Indian journal of veterinary science and animal husbandry - Volume 12,
Year: 1942
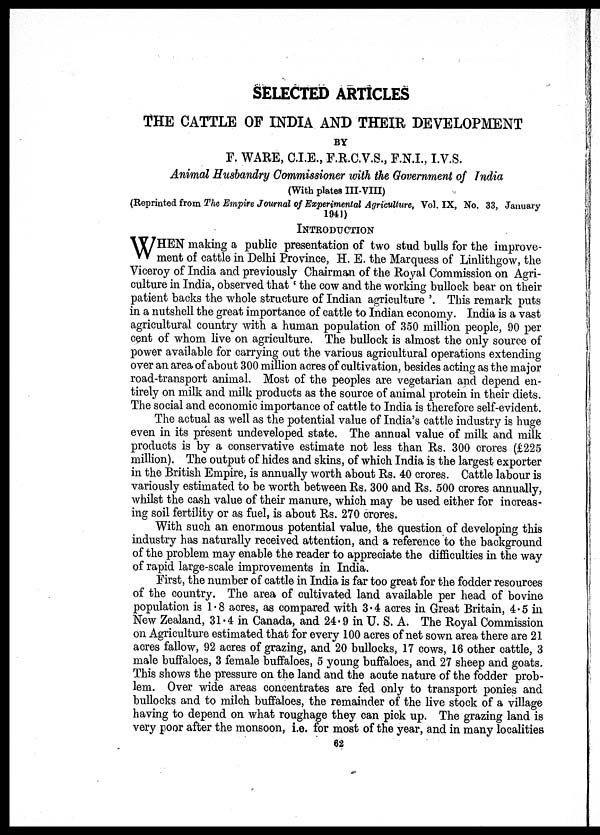
SELECTED ARTICLES
THE CATTLE OF INDIA AND THEIR DEVELOPMENT
BY
F. WARE, C.I.E., F.R.C.V.S., F.N.I., I.V.S.
Animal Husbandry Commissioner with the Government of India
(With plates III-VIII)
(Reprinted from The Empire Journal of Experimental Agriculture, Vol. IX, No. 33, January
1941)
INTRODUCTION
W HEN making a public presentation of two stud bulls for the improve-
ment of cattle in Delhi Province, H. E. the Marquess of Linlithgow, the
Viceroy of India and previously Chairman of the Royal Commission on Agri-
culture in India, observed that' the cow and the working bullock bear on their
patient backs the whole structure of Indian agriculture '. This remark puts
in a nutshell the great importance of cattle to Indian economy. India is a vast
agricultural country with a human population of 350 million people, 90 per
cent of whom live on agriculture. The bullock is almost the only source of
power available for carrying out the various agricultural operations extending
over an area of about 300 million acres of cultivation, besides acting as the major
road-transport animal. Most of the peoples are vegetarian and depend en-
tirely on milk and milk products as the source of animal protein in their diets.
The social and economic importance of cattle to India is therefore self-evident.
The actual as well as the potential value of India's cattle industry is huge
even in its present undeveloped state. The annual value of milk and milk
products is by a conservative estimate not less than Rs. 300 crores (£225
million). The output of hides and skins, of which India is the largest exporter
in the British Empire, is annually worth about Rs. 40 crores. Cattle labour is
variously estimated to be worth between Rs. 300 and Rs. 500 crores annually,
whilst the cash value of their manure, which may be used either for increas-
ing soil fertility or as fuel, is about Rs. 270 crores.
With such an enormous potential value, the question of developing this
industry has naturally received attention, and a reference to the background
of the problem may enable the reader to appreciate the difficulties in the way
of rapid large-scale improvements in India.
First, the number of cattle in India is far too great for the fodder resources
of the country. The area of cultivated land available per head of bovine
population is 1.8 acres, as compared with 3.4 acres in Great Britain, 4.5 in
New Zealand, 31.4 in Canada, and 24.9 in U. S. A. The Royal Commission
on Agriculture estimated that for every 100 acres of net sown area there are 21
acres fallow, 92 acres of grazing, and 20 bullocks, 17 cows, 16 other cattle, 3
male buffaloes, 3 female buffaloes, 5 young buffaloes, and 27 sheep and goats.
This shows the pressure on the land and the acute nature of the fodder prob-
lem. Over wide areas concentrates are fed only to transport ponies and
bullocks and to milch buffaloes, the remainder of the live stock of a village
having to depend on what roughage they can pick up. The grazing land is
very poor after the monsoon, i.e. for most of the year, and in many localities
62